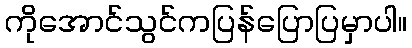
ကိုအောင်သွင်ကပြန်ပြောပြမှာပါ။